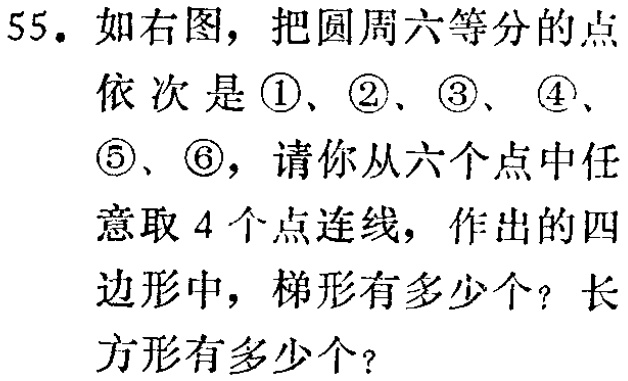
55. 如右图，把圆周六等分的点依次是\textcircled{1}、\textcircled{2}、\textcircled{3}、\textcircled{4}、\textcircled{5}、\textcircled{6}，请你从六个点中任意取 4 个点连线，作出的四边形中，梯形有多少个？长方形有多少个？